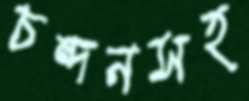
চন্দনসহ